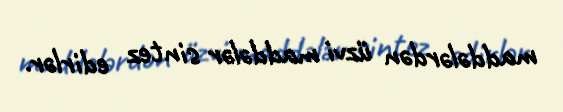
maddələrdən üzvi maddələr sintez edirlər.